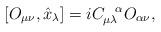
LaTeX: \begin{align*}[O_{\mu\nu},\hat{x}_\lambda]=iC_{\mu\lambda}^{\ \ \alpha}O_{\alpha\nu},\end{align*}